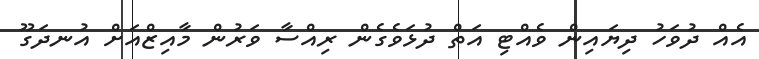
އެއް ދުވަހު ދިޔައިން ވެއްޓި އަތް ދުޅަވެގެން ރިއްސާ ވަރުން މާއިޒްއަށް އުނދަގޫ